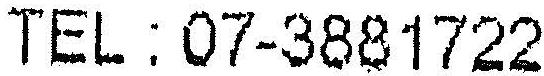
TEL : 07-3881722